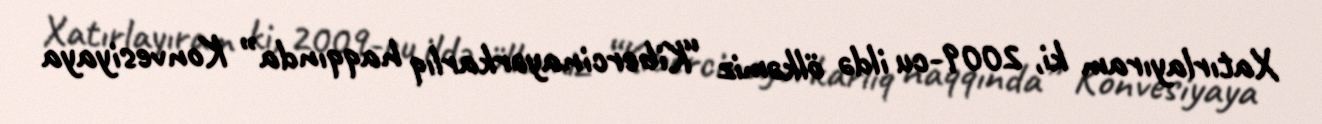
Xatırlayıram ki, 2009-cu ildə ölkəmiz “Kibercinayərkarlıq haqqında” Konvesiyaya